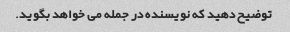
توضیح دهید که نویسنده در جمله می خواهد بگوید.